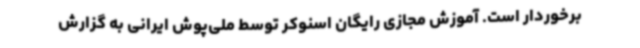
برخوردار است. آموزش مجازی رایگان اسنوکر توسط ملی‌پوش ایرانی به گزارش